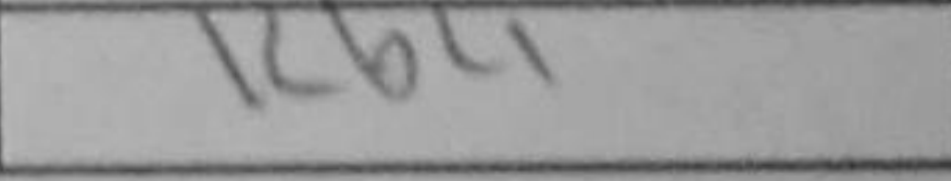
Transcription: Kb4